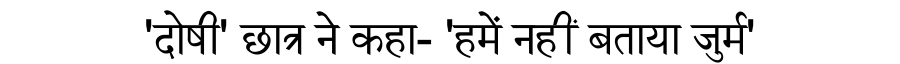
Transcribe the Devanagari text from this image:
'दोषी' छात्र ने कहा- 'हमें नहीं बताया जुर्म'